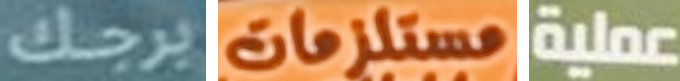
برجك مستلزمات عملية